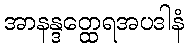
အာနန္ဒတ္ထေရအပဒါနံ